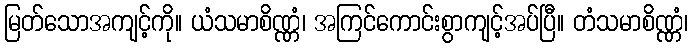
မြတ်သောအကျင့်ကို။ ယံသမာစိဏ္ဏံ၊ အကြင်ကောင်းစွာကျင့်အပ်ပြီ။ တံသမာစိဏ္ဏံ၊